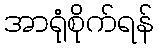
အာရုံစိုက်ရန်